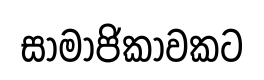
සාමාජිකාවකට